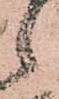
候